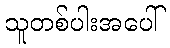
သူတစ်ပါးအပေါ်